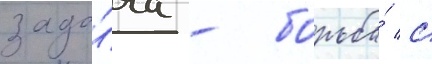
зада́ча - борьба́ с